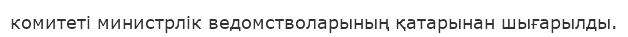
комитеті министрлік ведомстволарының қатарынан шығарылды.